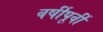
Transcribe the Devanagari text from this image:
वर्षीपूर्वी